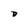
Character: D